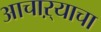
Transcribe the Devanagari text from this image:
आचाऱ्याचा